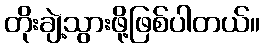
တိုးချဲ့သွားဖို့ဖြစ်ပါတယ်။